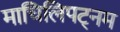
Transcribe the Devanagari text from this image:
माचिलिपट्नम